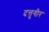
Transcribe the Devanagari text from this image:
दत्तुगीर